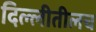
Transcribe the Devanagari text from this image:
दिल्लीतीलच